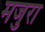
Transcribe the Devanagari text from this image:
मजुरा